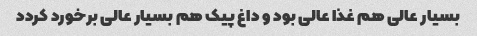
بسیار عالی هم غذا عالی بود و داغ پیک هم بسیار عالی برخورد کردد